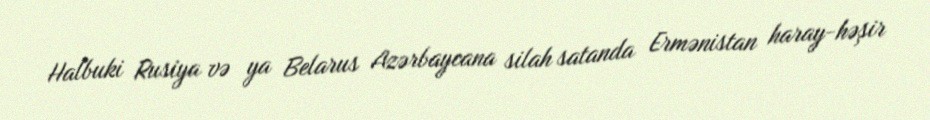
Halbuki Rusiya və ya Belarus Azərbaycana silah satanda Ermənistan haray-həşir